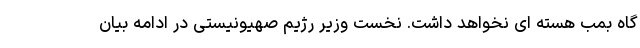
گاه بمب هسته ای نخواهد داشت. نخست وزیر رژیم صهیونیستی در ادامه بیان